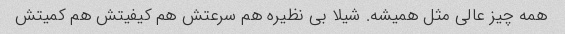
همه چیز عالی مثل همیشه. شیلا بی نظیره هم سرعتش هم کیفیتش هم کمیتش